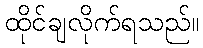
ထိုင်ချလိုက်ရသည်။